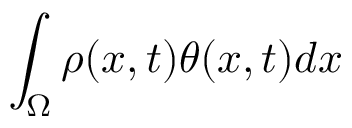
\int _ { \Omega } \rho ( x , t ) \theta ( x , t ) d x